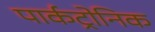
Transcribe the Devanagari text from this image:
पार्कट्रोनिक